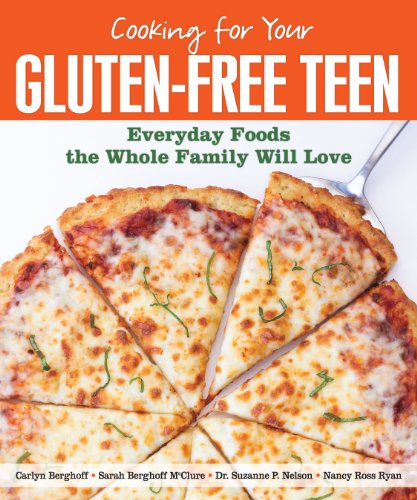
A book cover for Cooking for Your Gluten-Free Teen: Everyday Foods the Whole Family Will Love; Carlyn Berghoff; Cookbooks, Food & Wine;